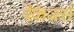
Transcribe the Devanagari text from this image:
पैकेजर्स